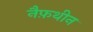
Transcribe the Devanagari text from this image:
नैफ़थीन